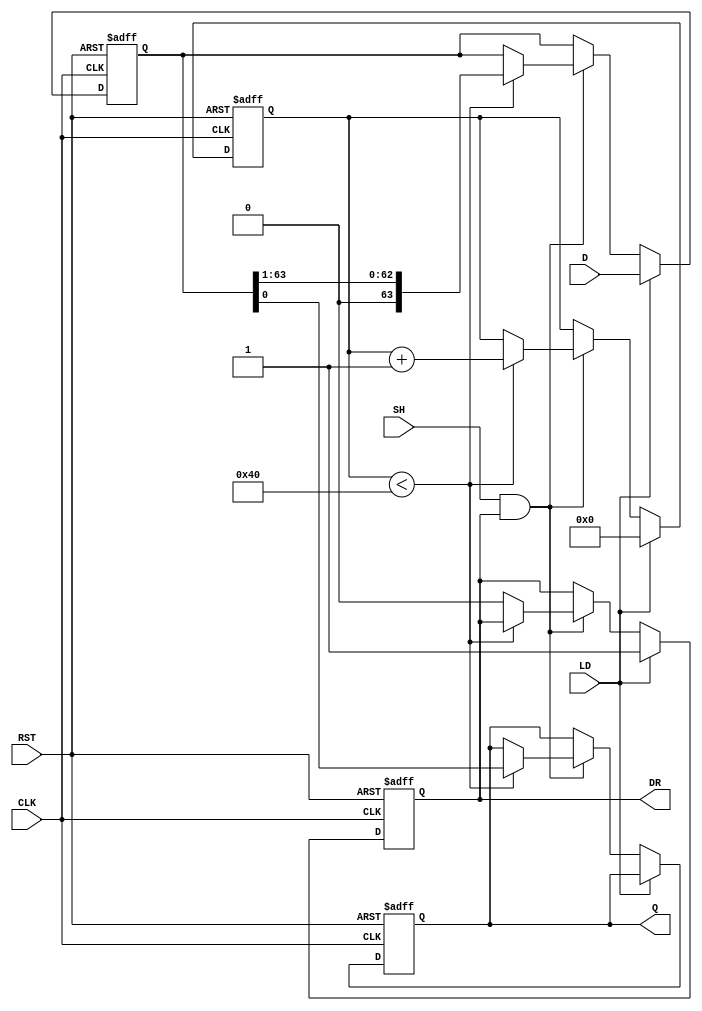
module piso_register (
    input wire [63:0] D,       // 64-bit data input
    input wire LD,             // Load control signal
    input wire SH,             // Shift control signal
    input wire CLK,            // Clock signal
    input wire RST,            // Asynchronous reset signal
    output reg Q,              // Serial output
    output reg DR              // Data Ready output
);

    reg [63:0] shift_reg;      // Internal shift register
    reg [5:0] count;           // Counter to track shifted bits

    always @(posedge CLK or posedge RST) begin
        if (RST) begin
            shift_reg <= 64'b0; // Clear register on reset
            Q <= 1'b0;          // Clear serial output
            DR <= 1'b0;         // Clear Data Ready
            count <= 6'b0;      // Reset bit counter
        end else begin
            if (LD) begin
                shift_reg <= D;  // Load data into the shift register
                count <= 6'b0;    // Reset the counter
                DR <= 1'b1;      // Indicate data is ready
            end else if (SH && DR) begin
                if (count < 64) begin
                    Q <= shift_reg[0]; // Shift out the LSB
                    shift_reg <= shift_reg >> 1; // Shift right
                    count <= count + 1; // Increment the counter
                end else begin
                    DR <= 1'b0; // Data is no longer ready after all bits are shifted out
                end
            end
        end
    end

endmodule